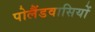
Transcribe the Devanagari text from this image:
पोलैंडवासियों